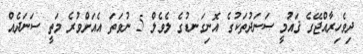
ދިވެހިރާއްޖޭގެ ޤައުމީ ސަނަދުތަކުގެ އޮނިގަނޑުގެ ލެވެލް 5 ނުވަތަ އެއަށްވުރެ މަތީ ސަނަދެއް